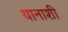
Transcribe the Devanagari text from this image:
यानाशी